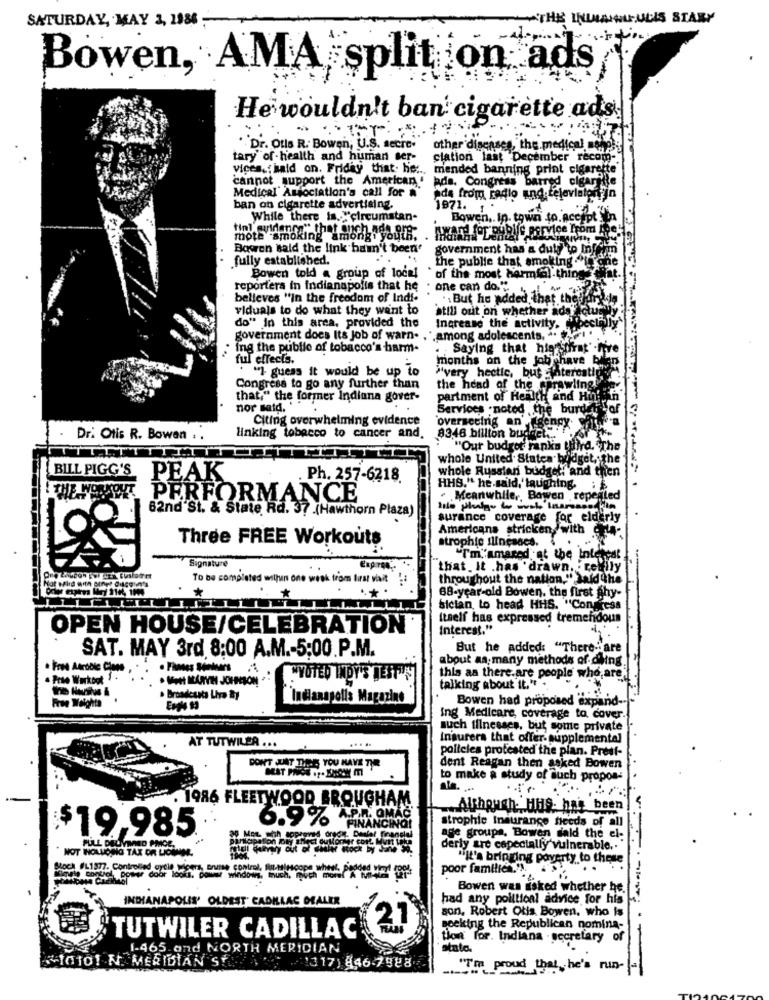
SATURDAY, MAY 3, 1986 ;
ULIS STARY
Bowen, AMA split on ads
He wouldn't ban' cigarette ads
"Dr. Otis R. Bowen, U.S. secre-
other diseases, the medical sehp
tary of health and human ser-
ciation last December recom-
vices. haid on. Friday that. he :., mended banning print cigarette
cannot support the American' ads. Congress barred cigar
Medical' Association's call for &
Ada from radio and television in
ban on cigarette advertising.
1971. 1 .
While there is. "circumstan-
Bowen .. In. town to. Accept
mote smoking amongi fogta.
Bowen said the link hasn't been'
government has a duly to Infran
.fully established.
the publie that smoking "the
Bowen told a group of local of the most harmful thing Chat
reporters in Indianapolis that he . one can do."
believes "in the freedom of Indi-
... But he added that thedar
viduals to do what they want to
atill out on whether ads actu
do" In this area, provided the
Increase the activity. (pecti
government does Its Job of warn. . . among adolescents. . . .
Ing the public of tobacco's harm-
Saying that hierstirrat" -five
ful effects.
months on the job chave bilen
. "I guess it would be up to
"very hectic, but _fiterestide
Congress to go any further than
the head of the sprawling
that," the former Indiana gover-
partment of Health and Hold
nor said, ".
Services . noted the burden
Citing overwhelming evidence
"overseeing an', "gency golf
8346 billion buddet .
Dr. Otis R. Bowen . .
linking tobacco to cancer and.
"Our budget ranka third. The
whole United States budget, the
BILL PIGG'S
whole Russian budget, and then
PEAK
. Ph. 257-6218
HHS." he said, laughing. if
WHENSYKT PERFORMANCE
Meanwhile ,, Bowen , repealed
62nd St. & State Rd. 37 .(Hawthorn Plaza)
lite phulgo to work Inareaseria
surance coverage for elderly
Americans stricken,with
Three FREE Workouts
strophie illnesses.
. ..
"I'm. amared .at the Interest
Signature
that. It .has drawn. . reilly
To be completed willen one week from last visit
throughout the nation," Said the
68-year-old Bowen, the first phy-
bician, to head HHS. "Congress
Itself has expressed tremendous
OPEN HOUSE/CELEBRATION
Interest."
But he added: "There-" are
SAT. MAY 3rd 8:00 A.M .- 5:00.P.M.
about aa. many methods of dying
· Frel Aerobie Close
. Pelo Workout 1.
. MAN ILARYH JOHNSON
PYOTED INDY'S JESTON
this as there.are people who,are
talking about it." .
. Broadesata Lira By
Indianapolis Magazine
Bowen had proposed expand --
ing Medicare, coverage to cover.
such illnesses, but some private
Insurers that offer. supplemental
AT TUTWILER ...
policies protested the plan. Presf-
DON'T LAT DIRE; YOU HAVE TIR
dent Reagan then asked Bowen
to make a study of Such propos-
. 1986 FLEETWOOD BROUGHAM
Although HHS. has been
6.9%
strophic Insurance feeds of all
$19,985
age groups. Bowen sald the el:
NOT HOLLONG TAX OR LICININE.
derly are especially vulnerable ..
"it's bringing poverty to these
Sloch #11877. Controlled cycle wipers, Bruse control,
poor familien.").
Bowen was asked whether he.
INDIANAPOLIS' OLDEST CADILLAC DEALER
had any political advice for his
son, Robert Otis Bowen, who is
21
seeking the Republican nomina-
TUTWILER CADILLAC
tion for. Indiana . secretary
1-465. and NORTH MERIDIAN
stato.
IOTTO1 N. MERIDIAN ST 1317) 446-7988
"I'm proud that he's run- -
-1